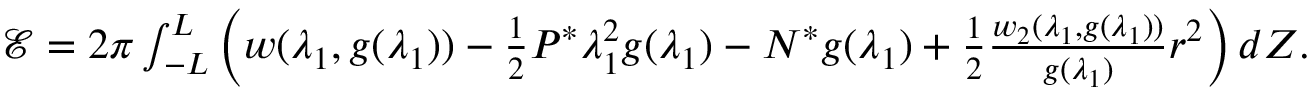
\begin{array} { r } { \mathcal { E } = 2 \pi \int _ { - L } ^ { L } \Big ( w ( \lambda _ { 1 } , g ( \lambda _ { 1 } ) ) - \frac { 1 } { 2 } P ^ { * } \lambda _ { 1 } ^ { 2 } g ( \lambda _ { 1 } ) - N ^ { * } g ( \lambda _ { 1 } ) + \frac { 1 } { 2 } \frac { w _ { 2 } ( \lambda _ { 1 } , g ( \lambda _ { 1 } ) ) } { g ( \lambda _ { 1 } ) } r ^ { 2 } \Big ) \, d Z . } \end{array}